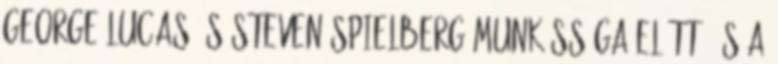
George Lucas és Steven Spielberg munkássága előtt, és a